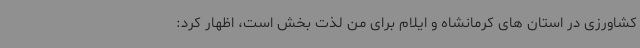
کشاورزی در استان های کرمانشاه و ایلام برای من لذت بخش است، اظهار کرد: